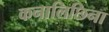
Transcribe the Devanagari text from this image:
कनालिछिना